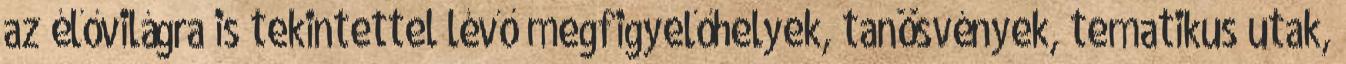
az élővilágra is tekintettel lévő megfigyelőhelyek, tanösvények, tematikus utak,